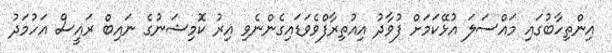
އިންތިހާބުގައި މައްސަލަ އުޅޭކަމަށް ފުވާދު އިއުތިރާފްވެވަޑައިގެންނެވި އިރު ކޮމިޝަނުގެ ނައިބް ރައީސް އަހުމަދު